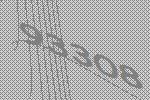
93308